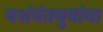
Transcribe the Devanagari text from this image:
यशंवंतबुवांना